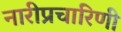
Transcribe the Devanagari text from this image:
नारीप्रचारिणी